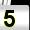
Digit: 5